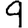
Digit: 9